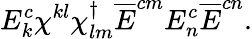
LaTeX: E_{k}^{c}\chi^{kl}\chi_{lm}^{\dagger}\overline{{E}}^{cm}E_{n}^{c}\overline{{E}}^{cn}.